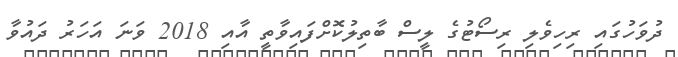
ދުވަހުގައި ރިހިވެލި ރިސޯޓުގެ ލީސް ބާތިލުކޮށްފައިވާތީ އާއި 2018 ވަނަ އަހަރު ދައުވާ